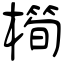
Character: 橁